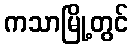
ကသာမြို့တွင်